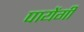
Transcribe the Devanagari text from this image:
पायेंगी